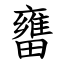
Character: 㽫